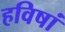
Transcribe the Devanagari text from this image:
हविषां